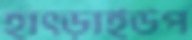
হাৎড়াইউপ